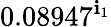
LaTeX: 0.08947^{\mathbf{i}_{1}}